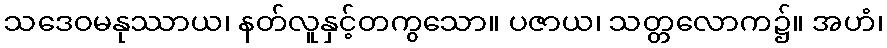
သဒေဝမနုဿာယ၊ နတ်လူနှင့်တကွသော။ ပဇာယ၊ သတ္တလောက၌။ အဟံ၊